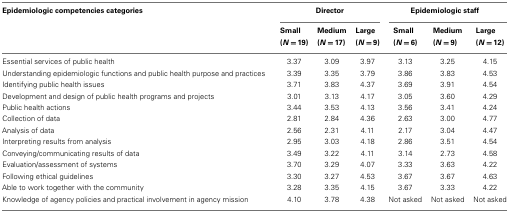
| Epidemiologic competencies categories | <COLSPAN=3> Director | <COLSPAN=3> Epidemiologic staff |
 |  | Small (N = 19) | Medium (N = 17) | Large (N = 9) | Small (N = 6) | Medium (N = 9) | Large (N = 12) |
 | --- | --- | --- | --- | --- | --- | --- |
 | Essential services of public health | 3.37 | 3.09 | 3.97 | 3.13 | 3.25 | 4.15 |
 | Understanding epidemiologic functions and public health purpose and practices | 3.39 | 3.35 | 3.79 | 3.86 | 3.83 | 4.53 |
 | Identifying public health issues | 3.71 | 3.83 | 4.37 | 3.69 | 3.91 | 4.54 |
 | Development and design of public health programs and projects | 3.01 | 3.13 | 4.17 | 3.05 | 3.60 | 4.29 |
 | Public health actions | 3.44 | 3.53 | 4.13 | 3.56 | 3.41 | 4.24 |
 | Collection of data | 2.81 | 2.84 | 4.36 | 2.63 | 3.00 | 4.77 |
 | Analysis of data | 2.56 | 2.31 | 4.11 | 2.17 | 3.04 | 4.47 |
 | Interpreting results from analysis | 2.95 | 3.03 | 4.18 | 2.86 | 3.51 | 4.54 |
 | Conveying/communicating results of data | 3.49 | 3.22 | 4.11 | 3.14 | 2.73 | 4.58 |
 | Evaluation/assessment of systems | 3.70 | 3.29 | 4.07 | 3.33 | 3.63 | 4.22 |
 | Following ethical guidelines | 3.30 | 3.27 | 4.53 | 3.67 | 3.67 | 4.63 |
 | Able to work together with the community | 3.28 | 3.35 | 4.15 | 3.67 | 3.33 | 4.22 |
 | Knowledge of agency policies and practical involvement in agency mission | 4.10 | 3.78 | 4.38 | Not asked | Not asked | Not asked |